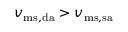
v _ { \mathrm { m s , d a } } > v _ { \mathrm { m s , s a } }